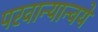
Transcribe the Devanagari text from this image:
परवान्यान्वये